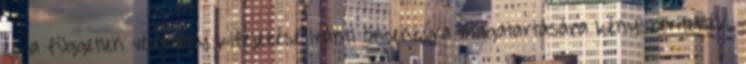
és a független vélemény kifejezése iránti öncenzúra magatartására kényszerítették.